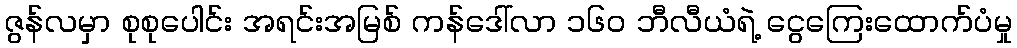
ဇွန်လမှာ စုစုပေါင်း အရင်းအမြစ် ကန်ဒေါ်လာ ၁၆၀ ဘီလီယံရဲ့ ငွေကြေးထောက်ပံမှု